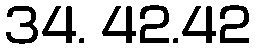
34. 42.42